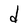
Character: d